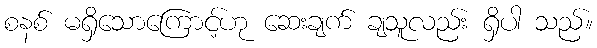
စနစ် မရှိသောကြောင့်ဟု ဆေးချက် ချသူလည်း ရှိပါ သည်။